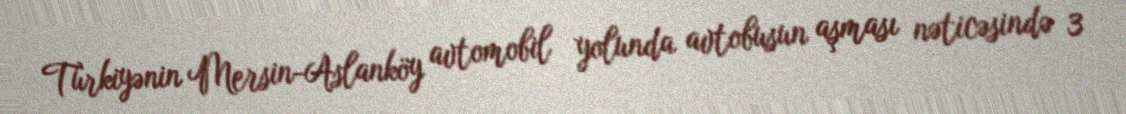
Türkiyənin Mersin-Aslanköy avtomobil yolunda avtobusun aşması nəticəsində 3